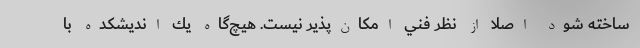
ساخته شود اصلا از نظر فني امكان‌پذير نيست. هيچ‌گاه يك انديشكده با